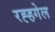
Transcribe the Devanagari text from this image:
रह्हगेल